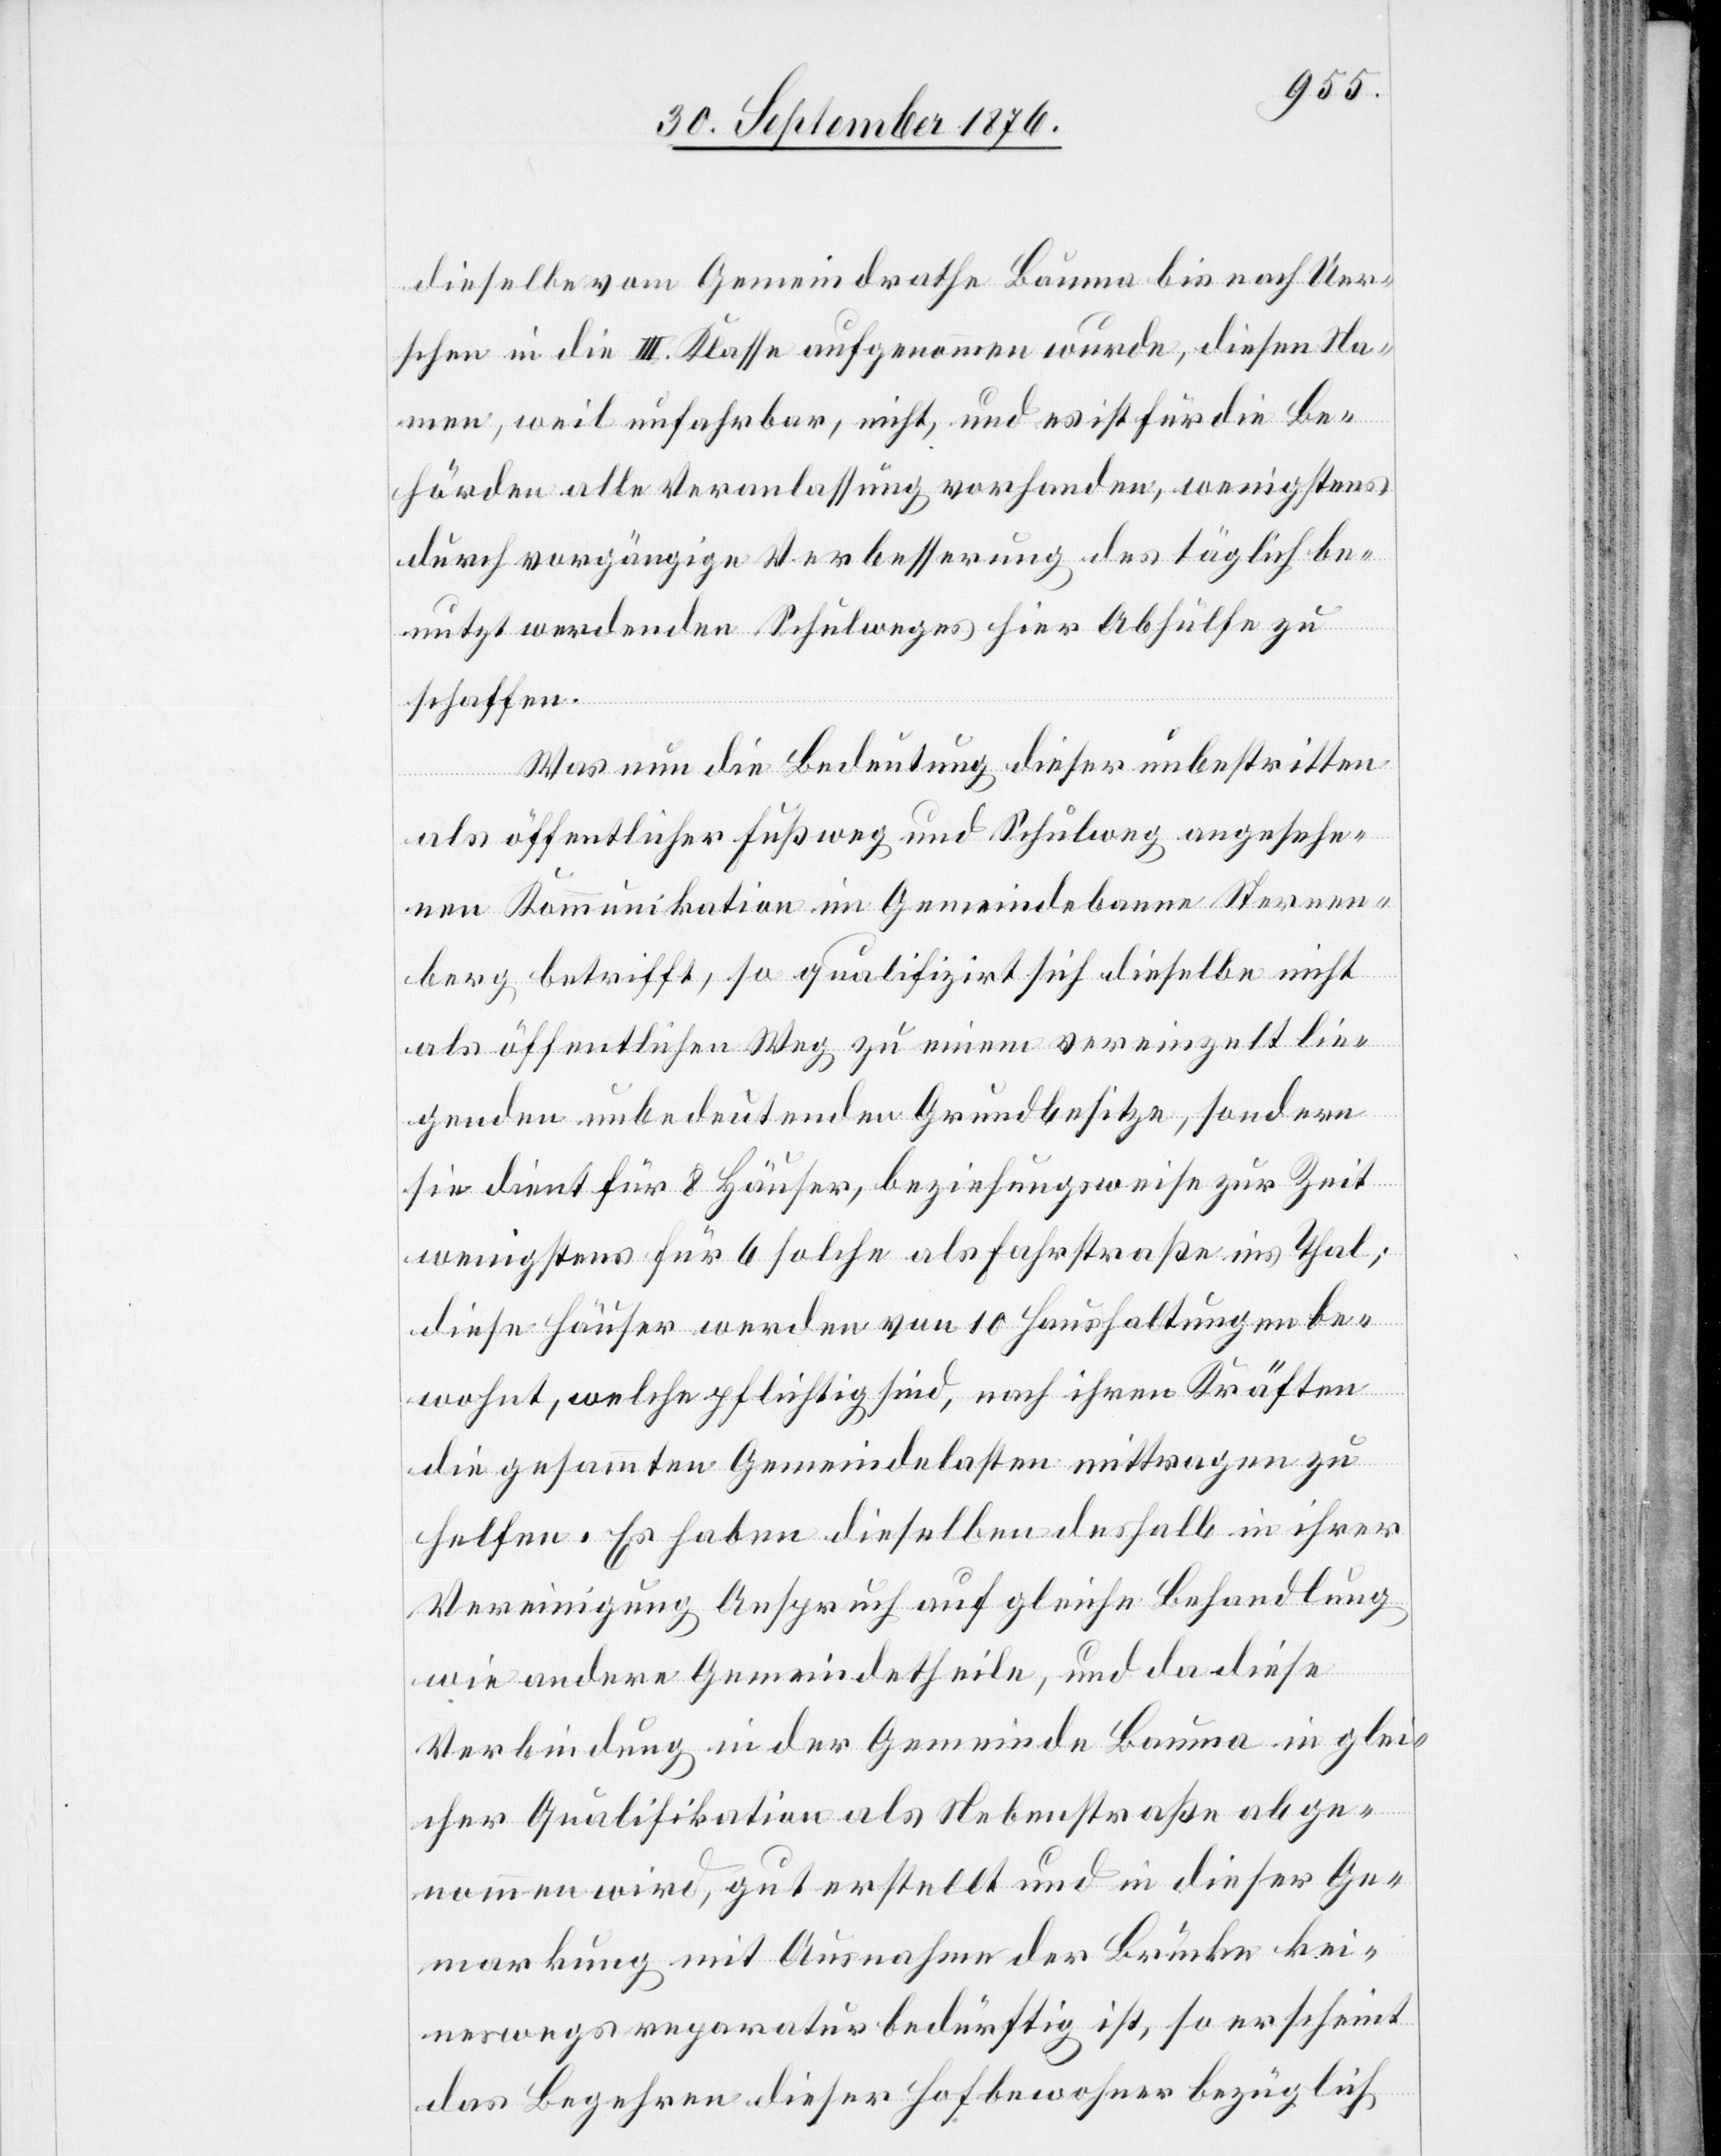
dieselbe vom Gemeindrathe Bauma bis nach Uer¬
schen in die II. Klasse aufgenommen wurde, diesen Na¬
men, weil unfahrbar, nicht, und es ist für die Be¬
hörden alle Veranlassung vorhanden, wenigstens
durch vorgängige Verbesserung des täglich be¬
nutzt werdenden Schulweges hier Abhülfe zu
schaffen.
Was nun die Bedeutung dieser unbestritten
als öffentlicher Fußweg und Schulweg angesehe¬
nen Kommunikation im Gemeindebanne Sternen¬
berg betrifft, so qualifizirt sich dieselbe nicht
als öffentlicher Weg zu einem vereinzelt lie¬
genden unbedeutenden Grundbesitze, sondern
sie dient für 8 Häuser, beziehungsweise zur Zeit
wenigstens für 6 solche als Fahrstraße ins Thal;
diese Häuser werden von 10 Haushaltungen be¬
wohnt, welche pflichtig sind, nach ihren Kräften
die gesammten Gemeindelasten mittragen zu
helfen. Es haben dieselben deshalb in ihrer
Vereinigung Anspruch auf gleiche Behandlung
wie andere Gemeindetheile, und da diese
Verbindung in der Gemeinde Bauma in glei¬
cher Qualifikation als Nebenstraße abge¬
nommen wird, gut erstellt und in dieser Ge¬
markung mit Ausnahme der Brücke kei¬
neswegs reparaturbedürftig ist, so erscheint
das Begehren dieser Hofbewohner bezüglich